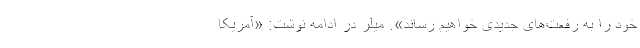
خود را به رفعت‌های جدیدی خواهیم رساند». میلر در ادامه نوشت: «آمریکا